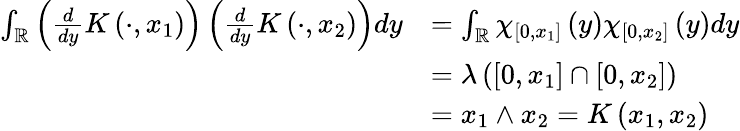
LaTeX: \begin{array}{rl}{\int_{\mathbb{R}}\left(\frac{d}{dy}K\left(\cdot,x_{1}\right)\right)\left(\frac{d}{dy}K\left(\cdot,x_{2}\right)\right)dy}&{=\int_{\mathbb{R}}\chi_{\left[0,x_{1}\right]}\left(y\right)\chi_{\left[0,x_{2}\right]}\left(y\right)dy}\\ &{=\lambda\left(\left[0,x_{1}\right]\cap\left[0,x_{2}\right]\right)}\\ &{=x_{1}\wedge x_{2}=K\left(x_{1},x_{2}\right)}\end{array}